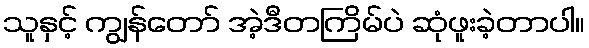
သူနှင့် ကျွန်တော် အဲ့ဒီတကြိမ်ပဲ ဆုံဖူးခဲ့တာပါ။